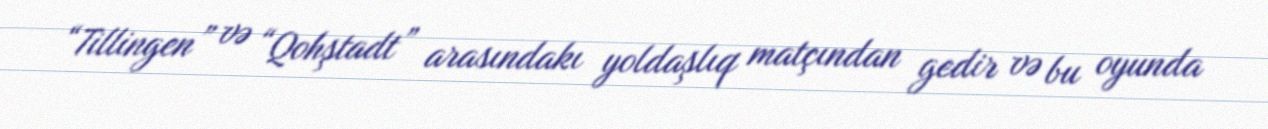
“Tillingen” və “Qohştadt” arasındakı yoldaşlıq matçından gedir və bu oyunda